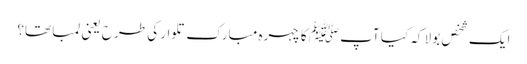
ایک شخص بولا کہ کیا آپﷺ کا چہرہ مبارک تلوار کی طرح یعنی لمبا تھا؟